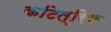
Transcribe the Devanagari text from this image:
कटित्रिक